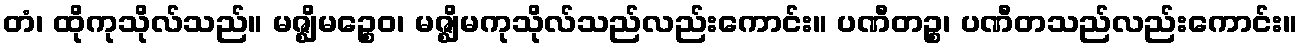
တံ၊ ထိုကုသိုလ်သည်။ မဇ္ဈိမဉ္စေဝ၊ မဇ္ဈိမကုသိုလ်သည်လည်းကောင်း။ ပဏီတဉ္စ၊ ပဏီတသည်လည်းကောင်း။